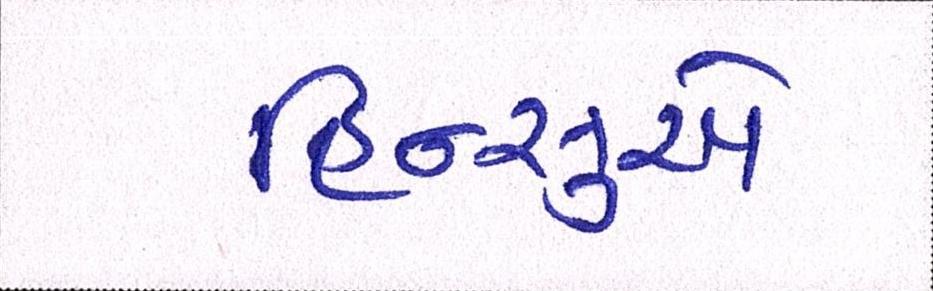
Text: હિન્સુએ